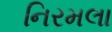
નિરમલા